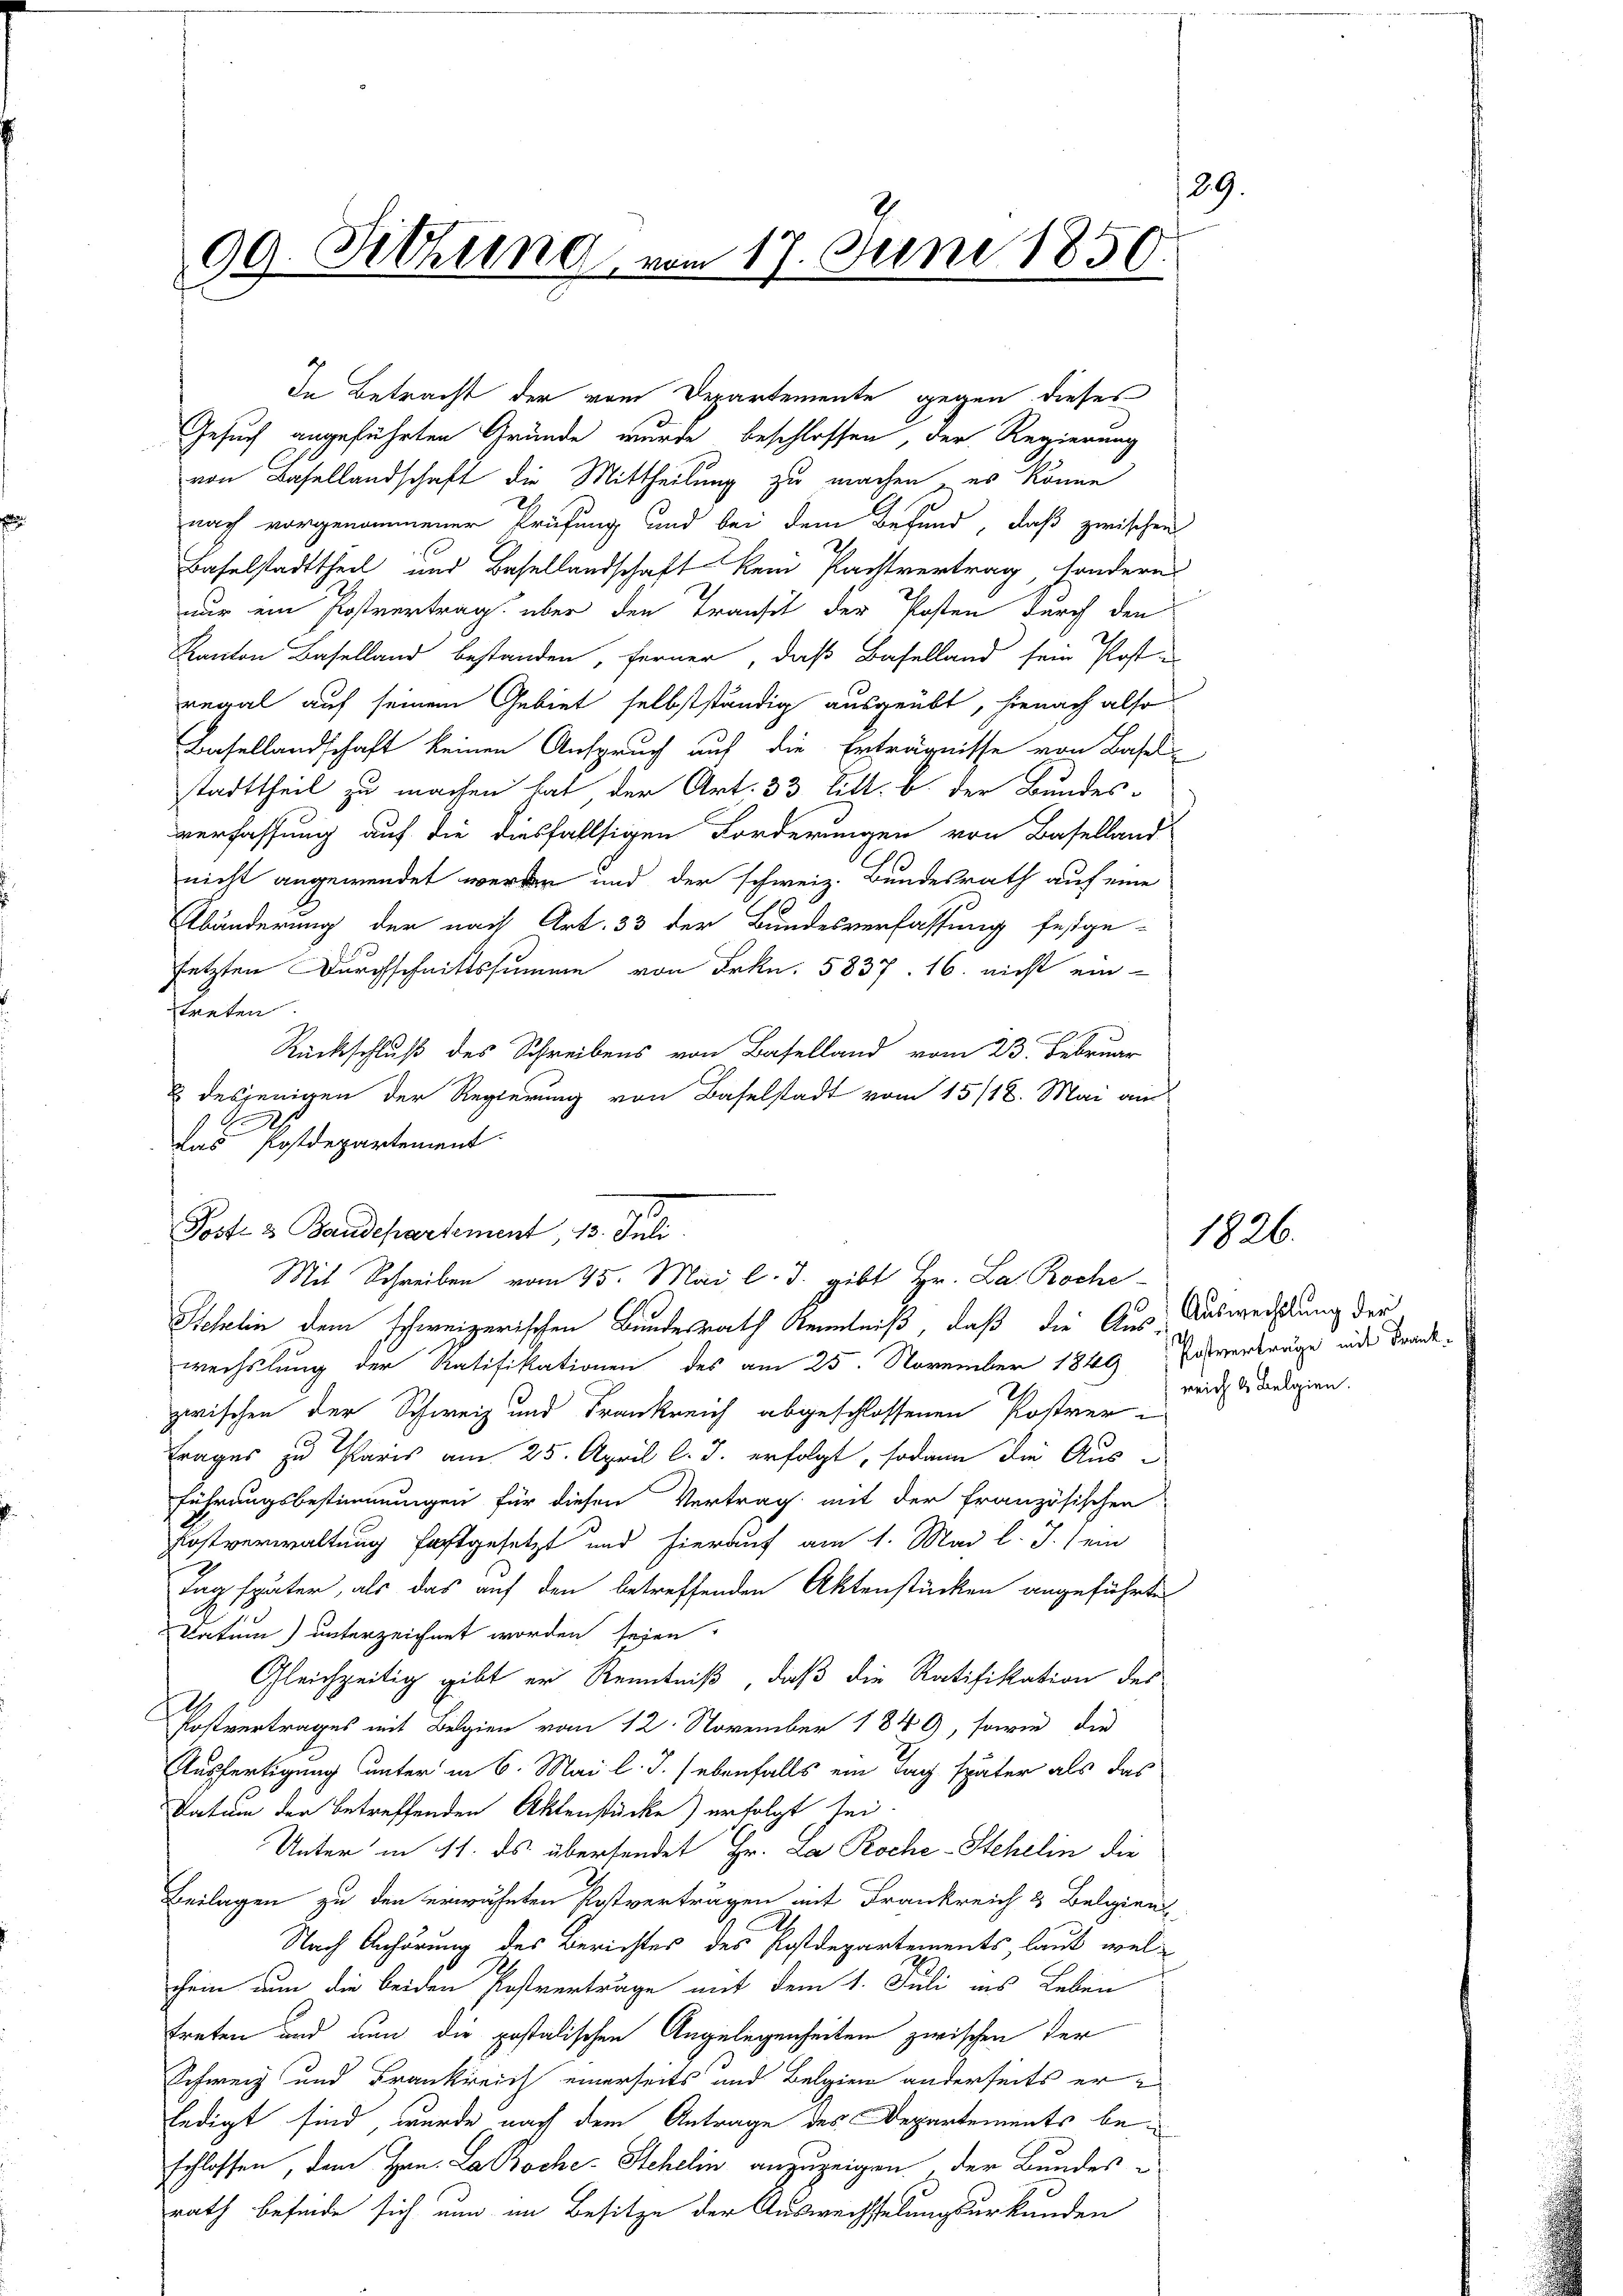
29.
99. Sitzung, vom 17. Juni 1850.

h
das Postdepartement

Gesuch angeführten Gründe wurde beschlossen, der Regierung
von Basellandschaft die Mittheilung zu machen, es könne
nach vorgenommener Prüfung und bei dem Befund, daß zwischen
Baselstadttheil und Basellandschaft kein Pachtvertrag, sondern
nur ein Postvertrag über den Transit der Posten durch den
Kanton Baselland bestanden, ferner, daß Baselland sein Poste
regal auf seinem Gebiet selbstständig ausgeübt, hienach also
Basellandschaft keinen Anspruch auf die Erträgnisse von Basel-
stadttheil zu machen hat der Art. 33 Litt. b. der Bundes-
verfassung auf die diesfallsigen Forderungen von Baselland
nicht angewendet werden und der schweiz. Bundesrath auf eine
Abänderung der nach Art. 33 der Bundesverfassung festge-
setzten Durchschnittssumme von Frkn. 5837. 16. nicht ein-
treten.
Rückschluß des Schreibens von Baselland vom 23. Februar
2 desjenigen der Regierung von Baselstadt vom 15/18. Mai an
Schelin dem schweizerischen Bundesrath Kenntniß, daß die Aus Ausweisung der
wechslung der Ratifikationen des am 25. November 1849 verträge inde Frankzwischen der Schweiz und Frankreich abgeschlossenen Postrer
Frages zu Paris am 25. April l. J. erfolgt, sodann die Aus-
führungsbestimmungen für diesen Vertrag mit der französischen
Fostverwaltung festgesetzt und hierauf am 1. Mai l. J. ein
Tag später, als das auf den betreffenden Aktenstücken angeführte
Datum) unterzeichnet worden seien.
Gleichzeitig gibt er Kenntniß, daß die Ratifikation des
I.
Postvertrages mit Belgien vom 12. November 1849, sowie die
Ausfertigung unter in 6. Mai l. J. (ebenfalls ein Tag später als das
Datum der betreffenden Aktenstücke) erfolgt sei.
Unter in 11. ds übersendet Hr. La Roche-Stehelin die
Beilagen zu den erwähnten Postverträgen mit Frankreich & Belgien
Nach Anhörung des Berichtes des Postdepartements, laut welchein nun die beiden Postverträge mit dem 1. Juli ins Leben
treten und nun die postolischen Angelegenheiten zwischen der
Schweiz und Frankreich einerseits und Belgien anderseits erledigt sind, wurde nach dem Antrage des Departements beschlossen, dem Hrn. La Broche Stehelin anzuzeigen der Bundesrath befinde sich nun im Besitze der Auswachstelungsurkunden

Poste & Baudepartement, 13. Juli.

In Betracht der vom Departemente gegen dieses

Mit Schreiben vom 15. Mai l. J. gibt Hr. La Roche

reich & Belgien.

1826.